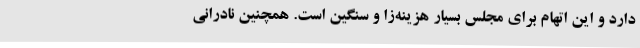
دارد و این اتهام برای مجلس بسیار هزینه‌زا و سنگین است. همچنین نادرانی